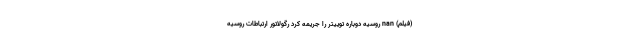
(فیلم) nan روسیه دوباره توییتر را جریمه کرد رگولاتور ارتباطات روسیه